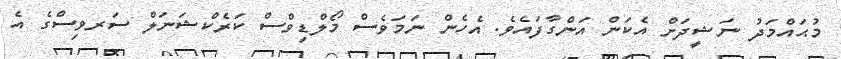
މުޙައްމަދު ނަޝީދަށް އެކަން އަންގާފައެވެ. އެހެން ނަމަވެސް މޯލްޑިވްސް ކަރެކްޝަނަލް ސަރވިސްގެ އެ